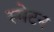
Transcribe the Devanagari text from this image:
स्मेटन